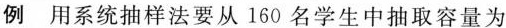
例 用系统抽样法要从160名学生中抽取容量为